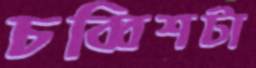
চব্বিশটা